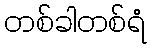
တစ်ခါတစ်ရံ